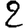
Digit: 2